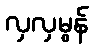
လှလှမွန်